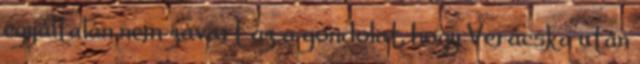
egyáltalán nem zavart az a gondolat, hogy Verácska után